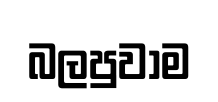
බලපුවාම